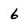
Character: 6